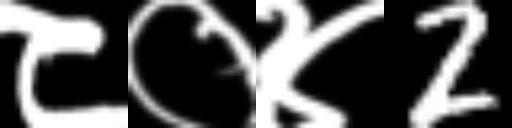
Text: ८०४2